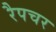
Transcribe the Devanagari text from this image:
रैपचर